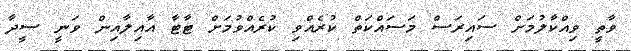
ވާތީ ވިއްކާލުމަށް ސައިރަސް މަސައްކަތް ކުރެއްވި ކުރެއްވުމަށް ޓާޓާ އާއިލާއިން ވަނީ ސީދާ